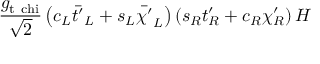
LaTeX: \frac { g _ { \mathrm { t \ c h i } } } { \sqrt { 2 } } \left( c _ { L } \bar { t ^ { \prime } } _ { L } + s _ { L } \bar { \chi ^ { \prime } } _ { L } \right) \left( s _ { R } t _ { R } ^ { \prime } + c _ { R } \chi _ { R } ^ { \prime } \right) H